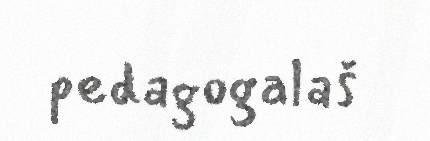
pedagogalaš